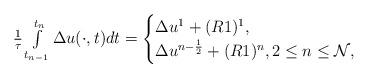
LaTeX: \begin{align*} \begin{array}{ll} \frac{1}{\tau}\int\limits^{t_{n}}_{t_{n-1}}\Delta u(\cdot,t)dt= \begin{cases} \Delta u^{1}+(R1)^{1}, \\ \Delta u^{n-\frac{1}{2}}+(R1)^{n}, 2\leq n\leq \mathcal{N}, \end{cases} \end{array} \end{align*}